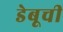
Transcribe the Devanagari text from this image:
डेबूची